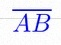
\overline{AB}